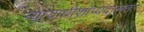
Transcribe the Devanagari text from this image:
न्यायाधीशोप्यदालतः